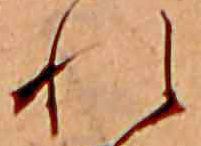
れ